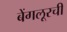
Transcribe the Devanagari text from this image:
बेंगलूरची